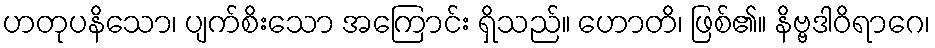
ဟတုပနိသော၊ ပျက်စိးသော အကြောင်း ရှိသည်။ ဟောတိ၊ ဖြစ်၏။ နိဗ္ဗဒါဝိရာဂေ၊